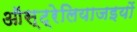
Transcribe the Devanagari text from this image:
ऑस्ट्रेलियाजइयों